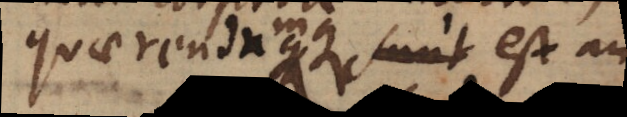
quaerendumque sunt est an